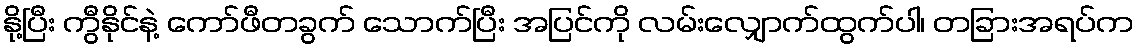
နို့ပြီး ကွီနိုင်နဲ့ ကော်ဖီတခွက် သောက်ပြီး အပြင်ကို လမ်းလျှောက်ထွက်ပါ၊ တခြားအရပ်က